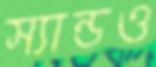
স্যান্ডও